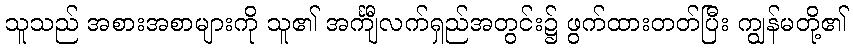
သူသည် အစားအစာများကို သူ၏ အင်္ကျီလက်ရှည်အတွင်း၌ ဖွက်ထားတတ်ပြီး ကျွန်မတို့၏